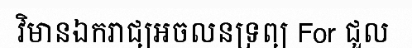
វិមានឯករាជ្យអចលនទ្រព្យ For ជួល